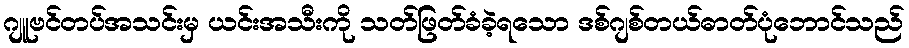
ဂျူဗင်တပ်အသင်းမှ ယင်းအသီးကို သတ်ဖြတ်ခံခဲ့ရသော ဒစ်ဂျစ်တယ်ဓာတ်ပုံဘောင်သည်